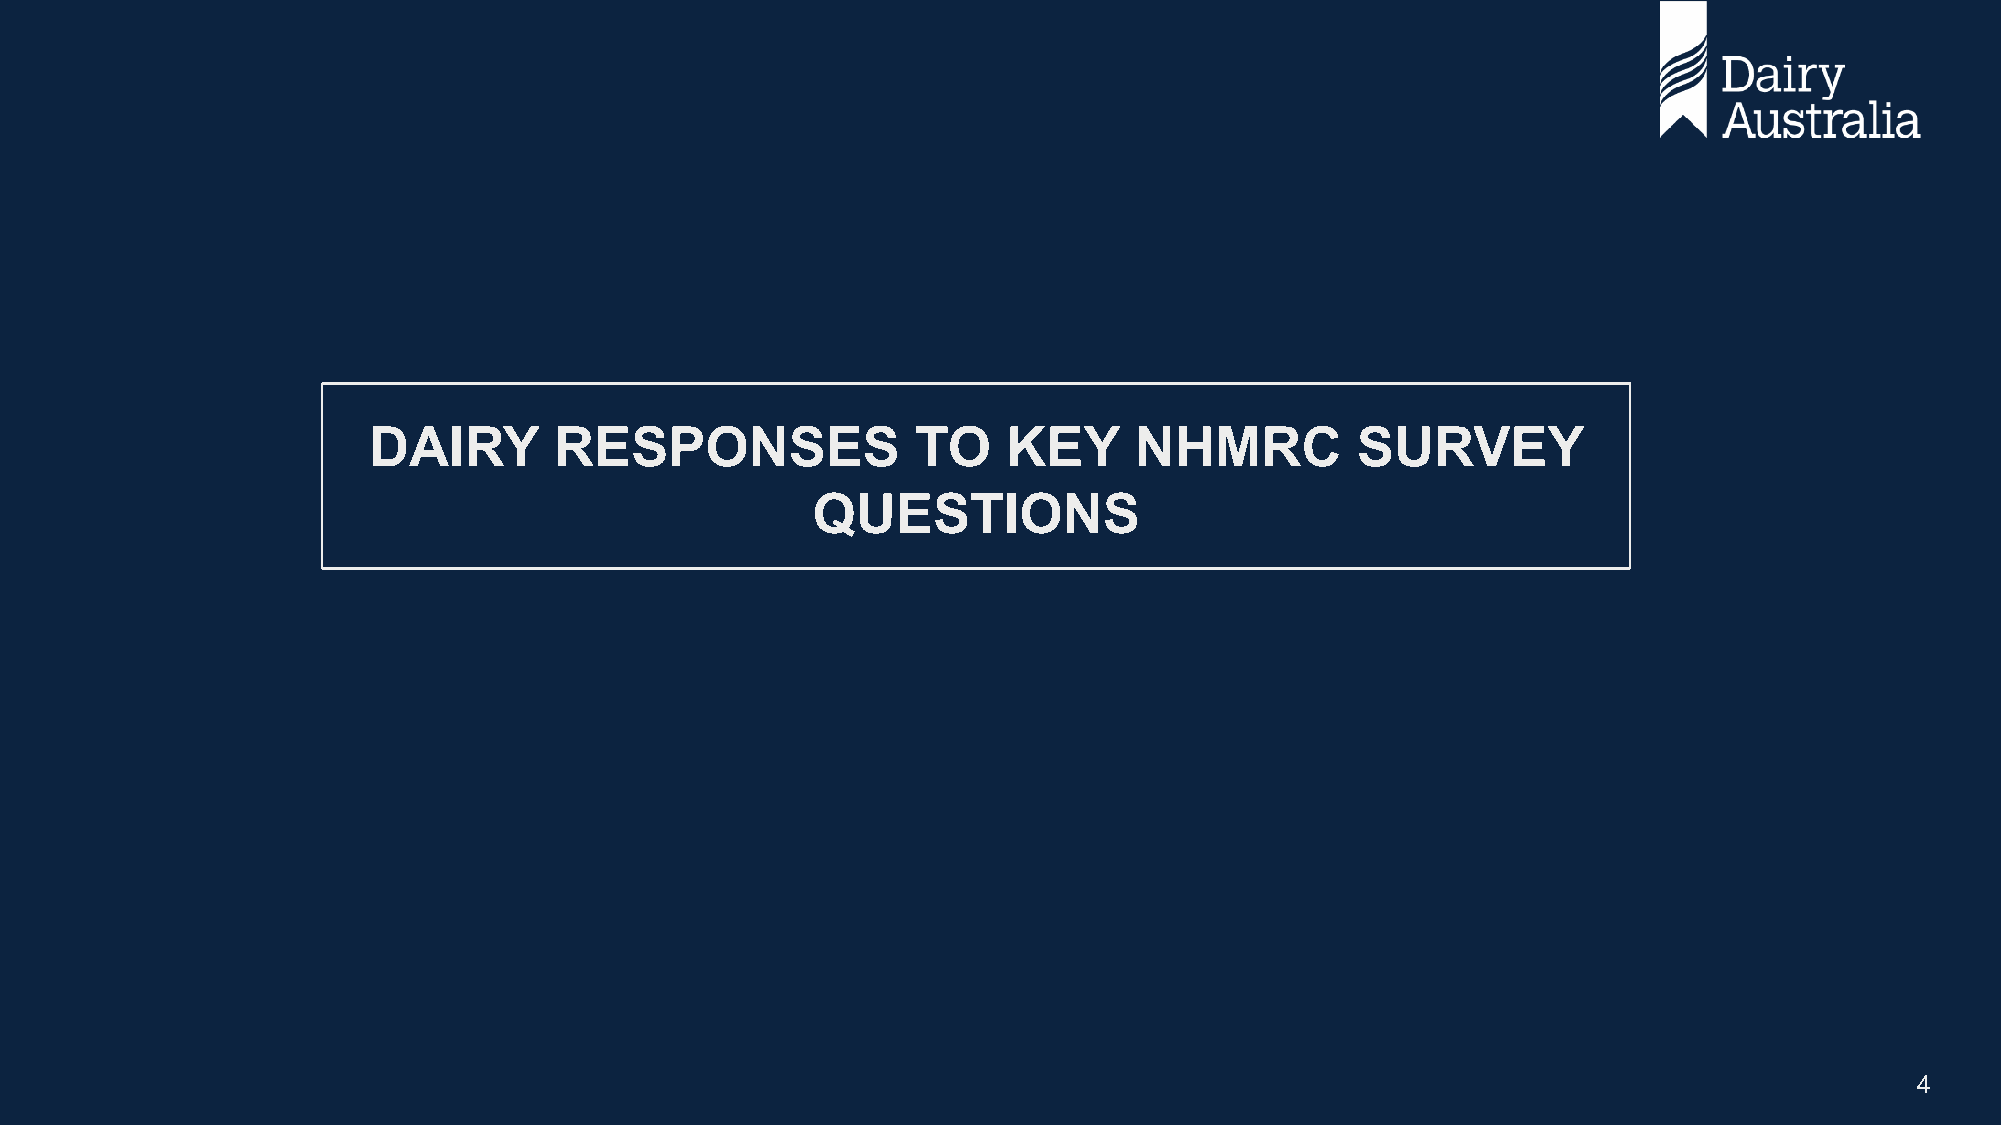
DAIRY        RESPONSES               TO    KEY     NHMRC          SURVEY
 QUESTIONS
 4